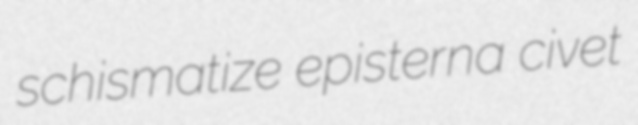
schismatize episterna civet